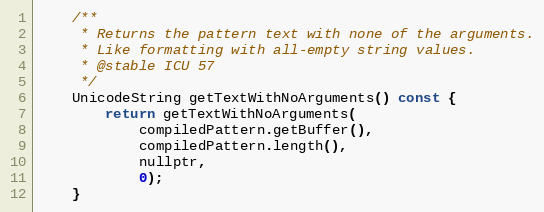
Language: C
    /**
     * Returns the pattern text with none of the arguments.
     * Like formatting with all-empty string values.
     * @stable ICU 57
     */
    UnicodeString getTextWithNoArguments() const {
        return getTextWithNoArguments(
            compiledPattern.getBuffer(),
            compiledPattern.length(),
            nullptr,
            0);
    }